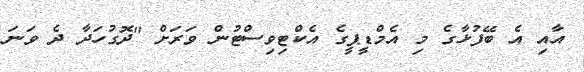
އާއި އެ ބޭފުޅާގެ މި އެމްޑީޕީގެ އެކްޓިވިސްޓުން ވަރަށް "ދޮގުހަދާ ދެ ވަނަ